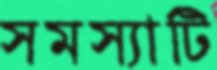
সমস্যাটি